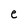
Character: e